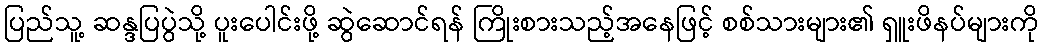
ပြည်သူ့ ဆန္ဒပြပွဲသို့ ပူးပေါင်းဖို့ ဆွဲဆောင်ရန် ကြိုးစားသည့်အနေဖြင့် စစ်သားများ၏ ရှူးဖိနပ်များကို